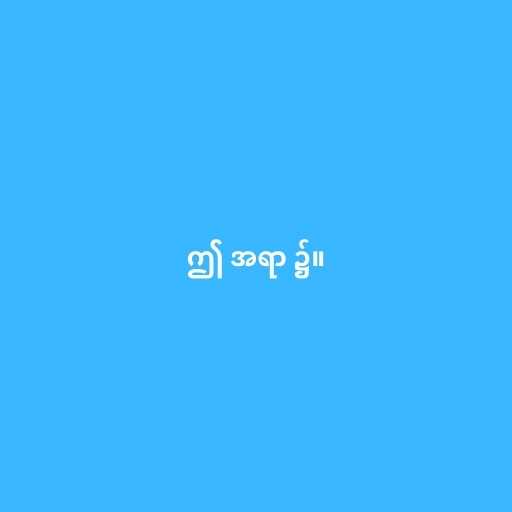
ဤ အရာ ၌။